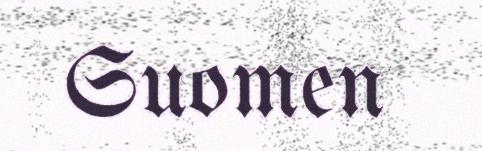
Suomen